Annual report on the working of the mental hospitals in the Madras Presidency - 1912-1932
Year: 1912
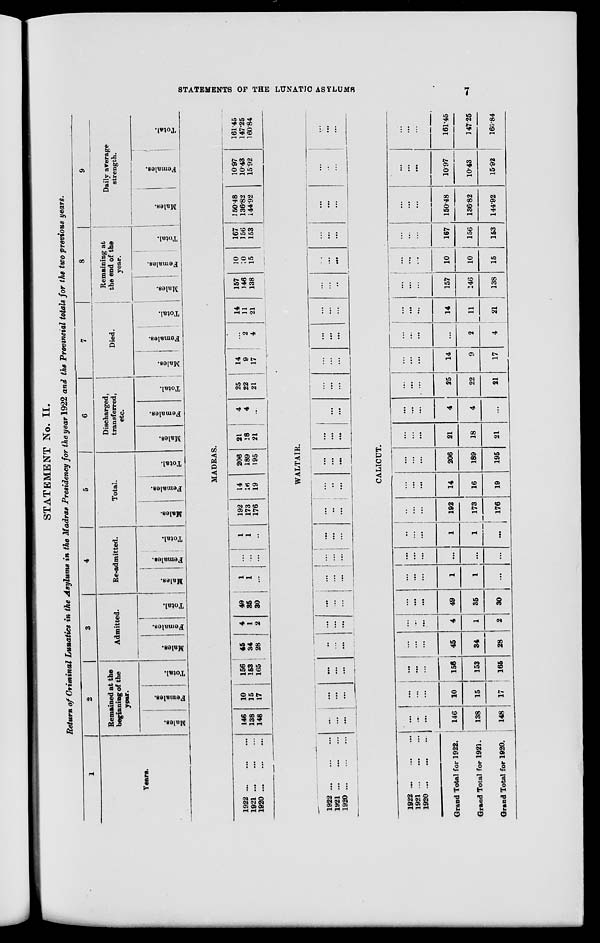
STATEMENTS OF THE LUNATIC ASTLUMS
7
STATEMENT No. II.
Return of Criminal Lunatics in the Asylums in the Madras Presidency for the year 1922 and the Provincial totals for the two previous years.
1
Years.
1922 ... ... ...
1921
...
...
...
1920
...
...
...
1922
...
...
...
1921
...
...
...
1920
...
...
...
1922 ... ... ...
1921
...
...
...
1920
...
...
...
Grand Total for 1922.
Grand Total for 1921.
Grand Total for 1920.
2
Remained at the
beginning of the
year.
Males.
Females.
Total.
3
Admitted.
Males.
Females.
Total.
4
Re-admitted.
Males.
Females.
Total.
5
Total.
Males.
Females.
Total.
6
Discharged,
transferred,
etc.
Males.
Females.
Total.
7
Died.
Males.
Females.
Total.
8
Remaining at
the end of the
year.
Males.
Females.
Total.
9
Daily average
strength.
Males.
Females.
Total.
MADRAS.
146
138
148
10
15
17
156
153
165
45
34
28
4
1
2
49
35
30
1
1
...
...
...
...
1
1
...
192
173
176
14
16
19
206
189
195
21
18
21
4
4
...
25
22
21
14
9
17
...
2
4
14
11
21
157
146
138
10
10
15
167
156
153
150.48
136.82
144.92
10.97
10.43
15.92
161.45
147.25
160.84
WALTAIR.
...
...
...
...
...
...
...
...
...
...
...
...
...
...
...
...
...
...
...
...
...
...
...
...
...
...
...
...
...
...
...
...
...
...
...
...
...
...
...
...
...
...
...
...
...
...
...
...
...
...
...
...
...
...
...
...
...
...
...
...
...
...
...
...
...
...
...
...
...
...
...
...
CALICUT.
...
...
...
146
138
148
...
...
...
10
15
17
...
...
...
156
153
165
...
...
...
45
34
28
...
...
...
4
1
2
...
...
...
49
35
30
...
...
...
1
1
...
...
...
...
...
...
...
...
...
...
1
1
...
...
...
...
192
173
176
...
...
...
14
16
19
...
...
...
206
189
195
...
...
...
21
18
21
...
...
...
4
4
...
...
...
...
25
22
21
...
...
...
14
9
17
...
...
...
...
2
4
...
...
...
14
11
21
...
...
...
157
146
138
...
...
...
10
10
15
...
...
...
167
156
153
...
...
...
150.48
136.82
144.92
...
...
...
10.97
10.43
15.92
...
...
...
161.45
147.25
160.84